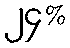
၂၄%